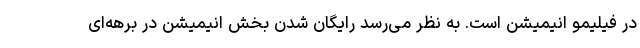
در فیلیمو انیمیشن است. به نظر می‌رسد رایگان شدن بخش انیمیشن در برهه‌ای